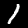
Label: 1